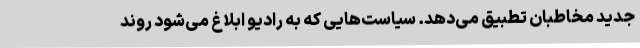
جدید مخاطبان تطبیق می‌دهد. سیاست‌هایی که به رادیو ابلاغ می‌شود روند